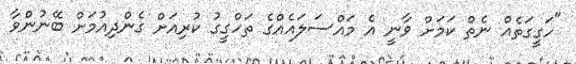
"ހަގީގަތެއް ނެތް ކަމަށް ވާނީ އެ މައްސަލައެއްގެ ތަހްގީގު ކުރިއަށް ގެންދިއުމަށް ބޭނުންވާ